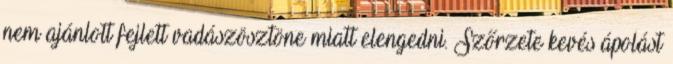
nem ajánlott fejlett vadászösztöne miatt elengedni. Szőrzete kevés ápolást